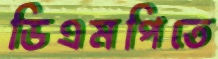
ডিএমপিতে